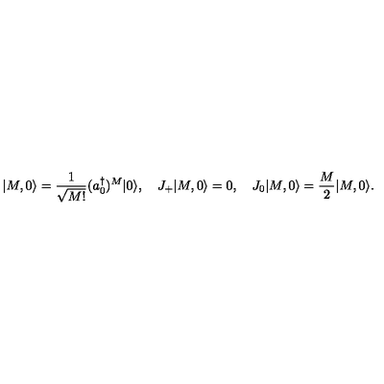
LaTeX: | M , 0 \rangle = { \frac { 1 } { \sqrt { M ! } } } ( a _ { 0 } ^ { \dagger } ) ^ { M } | 0 \rangle , \quad J _ { + } | M , 0 \rangle = 0 , \quad J _ { 0 } | M , 0 \rangle = { \frac { M } { 2 } } | M , 0 \rangle .